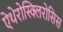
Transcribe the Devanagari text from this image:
ऐथेरोस्क्लिरोसिस